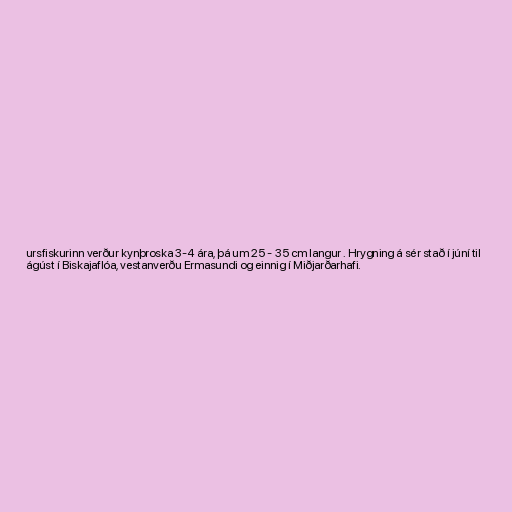
ursfiskurinn verður kynþroska 3-4 ára, þá um 25 - 35 cm langur . Hrygning á sér stað í júní til
ágúst í Biskajaflóa, vestanverðu Ermasundi og einnig í Miðjarðarhafi.